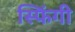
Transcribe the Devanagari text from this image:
स्फिंगी